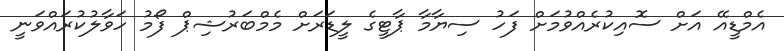
އެމްޑީއޭ އަށް ސޮއިކުރެއްވުމަށް ފަހު ސިޔާމާ ޕާޓީގެ ލީޑަރަށް މެމްބަރުޝިޕް ފޯމު ހަވާލުކުރައްވަނީ